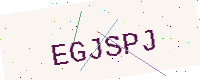
Text: EGJSPJ